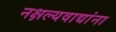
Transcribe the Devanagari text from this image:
नक्षल्यवाद्यांना